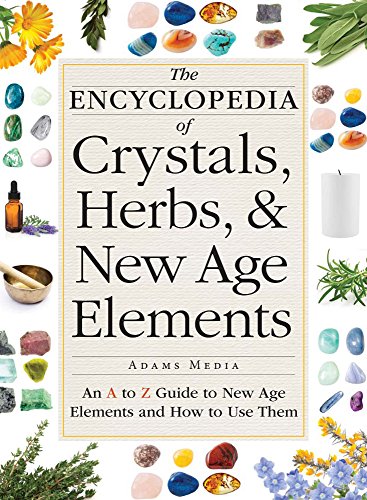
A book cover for The Encyclopedia of Crystals, Herbs, and New Age Elements: An A to Z Guide to New Age Elements and How to Use Them; Adams Media; Religion & Spirituality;